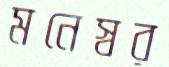
মনেস্বর